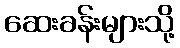
ဆေးခန်းများသို့